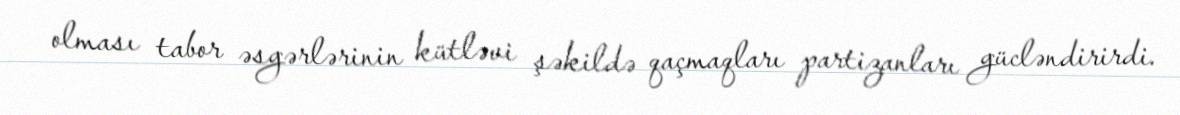
olması tabor əsgərlərinin kütləvi şəkildə qaçmaqları partizanları gücləndirirdi.